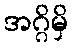
အဂ္ဂိမှိ